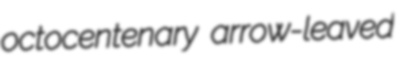
octocentenary arrow-leaved